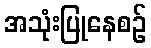
အသုံးပြုနေစဉ်